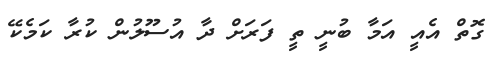
ގޮތް އެއީ އަމާ ބުނީ ތީ ފަރަށް ދާ އުސޫލުން ކުރާ ކަމެކޭ